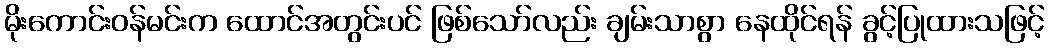
မိုးကောင်းဝန်မင်းက ထောင်အတွင်းပင် ဖြစ်သော်လည်း ချမ်းသာစွာ နေထိုင်ရန် ခွင့်ပြုထားသဖြင့်